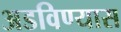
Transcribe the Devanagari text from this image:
अडविण्यास